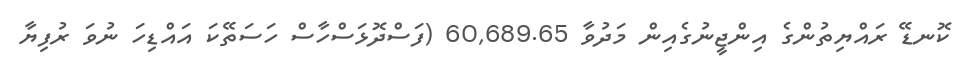
ކޮނޑޭ ރައްޔިތުންގެ އިންޖީނުގެއިން މަދުވާ 60